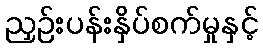
ညှဉ်းပန်းနှိပ်စက်မှုနှင့်